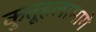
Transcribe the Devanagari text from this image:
कुतूहलामागे